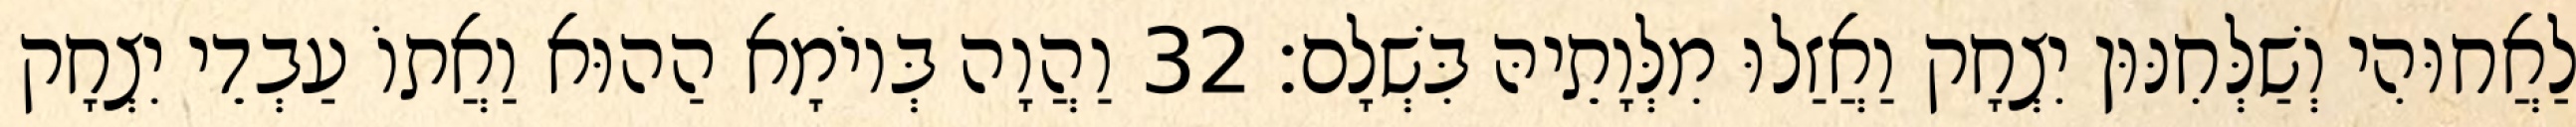
לַאֲחוּהִי וְשַׁלְּחִנּוּן יִצְחָק וַאֲזַלוּ מִלְּוָתֵיהּ בִּשְׁלָם׃ 32 וַהֲוָה בְּיוֹמָא הַהוּא וַאֲתוֹ עַבְדֵי יִצְחָק